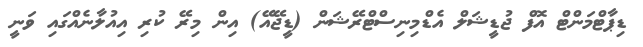
ޑިޕާޓްމަންޓް އޮފް ޖުޑީޝަލް އެޑްމިނިސްޓްރޭޝަން (ޑީޖޭއޭ) އިން މިރޭ ކުރި އިއުލާނެއްގައި ވަނީ